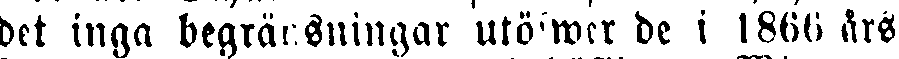
det inga begränsningar utöfwer de i 1866 års